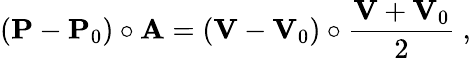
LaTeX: (\mathbf{P}-\mathbf{P}_{0})\circ\mathbf{A}=\left(\mathbf{V}-\mathbf{V}_{0}\right)\circ{\frac{\mathbf{V}+\mathbf{V}_{0}}{2}}\ ,